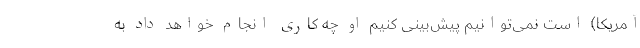
آمریکا) است نمی‌توانیم پیش‌بینی کنیم او چه کاری انجام خواهد داد به